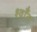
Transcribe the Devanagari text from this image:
श्वाँस